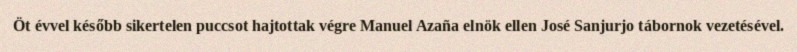
Öt évvel később sikertelen puccsot hajtottak végre Manuel Azaña elnök ellen José Sanjurjo tábornok vezetésével.